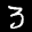
Label: 3